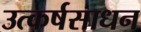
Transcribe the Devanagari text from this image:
उत्कर्षसाधन